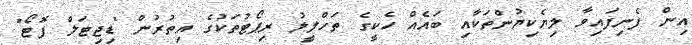
އިން ފެނިފައިވާ ލިޔެކިޔުންތަކާއި ބައެއް ހެކީގެ ތަހްލީލު ރިޕޯޓުތަކުގެ އިތުރުން "ޑިޖިޓަލް ފޮޓޯ"